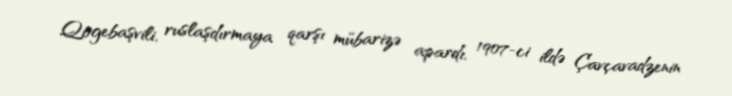
Qogebaşvili, ruslaşdırmaya qarşı mübarizə apardı, 1907-ci ildə Çavçavadzenin